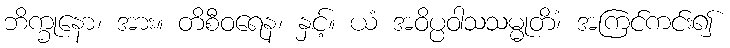
ဘိက္ခုနော၊ အား။ တိစီဝရေန၊ နှင့်။ ယံ အဝိပ္ပဝါသသမ္မုတိံ၊ အကြင်ကင်း၍